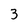
Character: 3